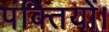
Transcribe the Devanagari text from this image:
पंक्तियों।